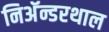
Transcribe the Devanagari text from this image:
निअॅन्डरथाल